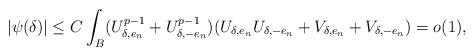
LaTeX: \begin{align*}|\psi(\delta)|\leq C \int_{B} (U_{\delta,e_n}^{p-1}+U_{\delta,-e_n}^{p-1})(U_{\delta,e_n}U_{\delta,-e_n}+V_{\delta,e_n}+V_{\delta,-e_n})=o(1),\end{align*}